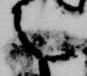
言